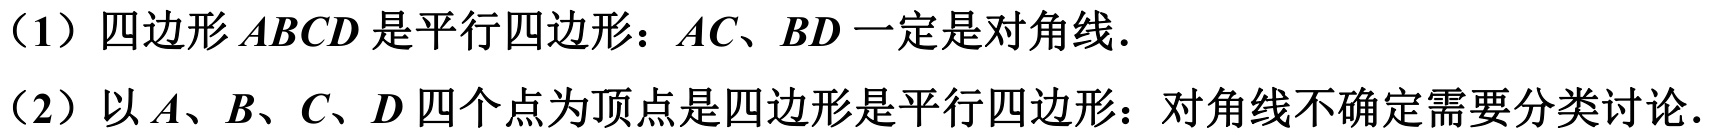
（1）四边形 \(ABCD\) 是平行四边形：\(AC、BD\) 一定是对角线.
（2）以 \(A、B、C、D\) 四个点为顶点是四边形是平行四边形：对角线不确定需要分类讨论.